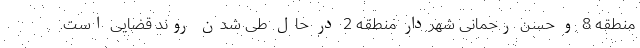
منطقه 8 و حسن رحمانی شهردار منطقه 2 در حال طی شدن روند قضایی است.